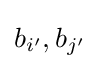
b_{i'},b_{j'}